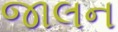
જાલન